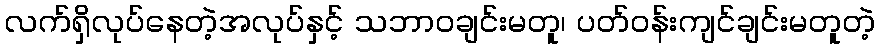
လက်ရှိလုပ်နေတဲ့အလုပ်နှင့် သဘာဝချင်းမတူ၊ ပတ်ဝန်းကျင်ချင်းမတူတဲ့